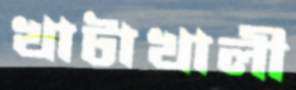
খাটাখালী